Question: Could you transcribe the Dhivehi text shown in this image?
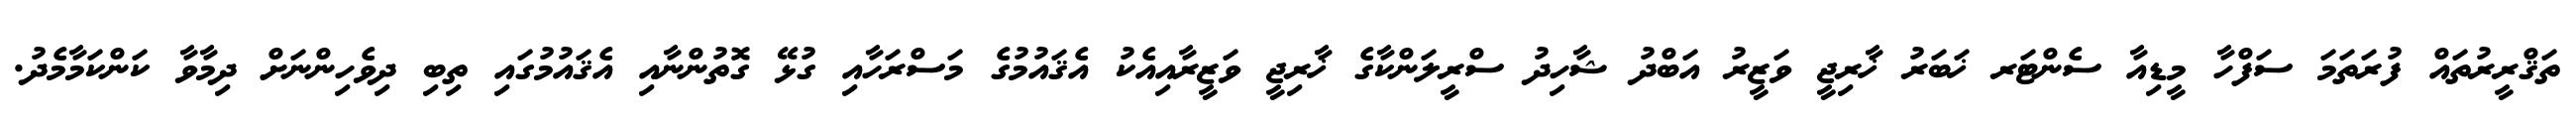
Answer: ތަޤްރީރުތައް ފުރަތަމަ ސަފްހާ މީޑިއާ ސެންޓަރ ޚަބަރު ޚާރިޖީ ވަޒީރު އަބްދު ޝާހިދު ސްރީލަންކާގެ ޚާރިޖީ ވަޒީރާއިއެކު އެޤައުމުގެ މަސްރަހާއި ގުޅޭ ގޮތުންނާއި އެޤައުމުގައި ތިބި ދިވެހިންނަށް ދިމާވާ ކަންކަމާމެދު.